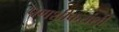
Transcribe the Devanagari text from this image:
पणशीकरांशी